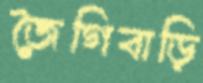
জৈগিবাড়ি